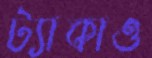
ট্যাকাও